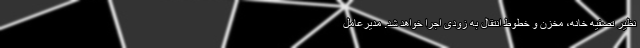
نظیر تصفیه خانه، مخزن و خطوط انتقال به زودی اجرا خواهد شد. مدیرعامل